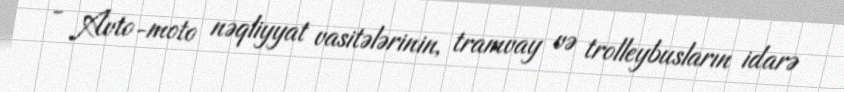
- Avto-moto nəqliyyat vasitələrinin, tramvay və trolleybusların idarə